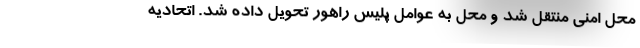
محل امنی منتقل شد و محل به عوامل پلیس راهور تحویل داده شد. اتحادیه